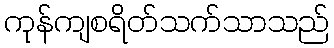
ကုန်ကျစရိတ်သက်သာသည်